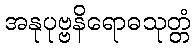
အနုပုဗ္ဗနိရောဓသုတ္တံ